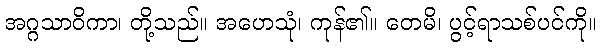
အဂ္ဂသာဝိကာ၊ တို့သည်။ အဟေသုံ၊ ကုန်၏။ တေမိ၊ ပွင့်ရာသစ်ပင်ကို။